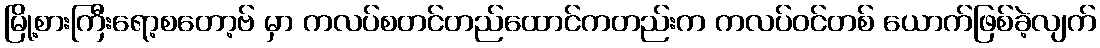
မြို့စားကြီးရော့စတော့ဗ် မှာ ကလပ်စတင်တည်ထောင်ကတည်းက ကလပ်ဝင်တစ် ယောက်ဖြစ်ခဲ့လျက်